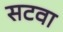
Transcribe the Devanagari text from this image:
सटवा